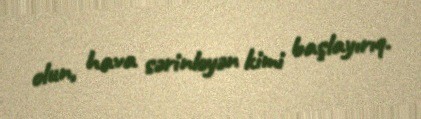
olun, hava sərinləyən kimi başlayırıq.